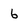
Character: 6